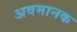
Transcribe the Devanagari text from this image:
अवमानक